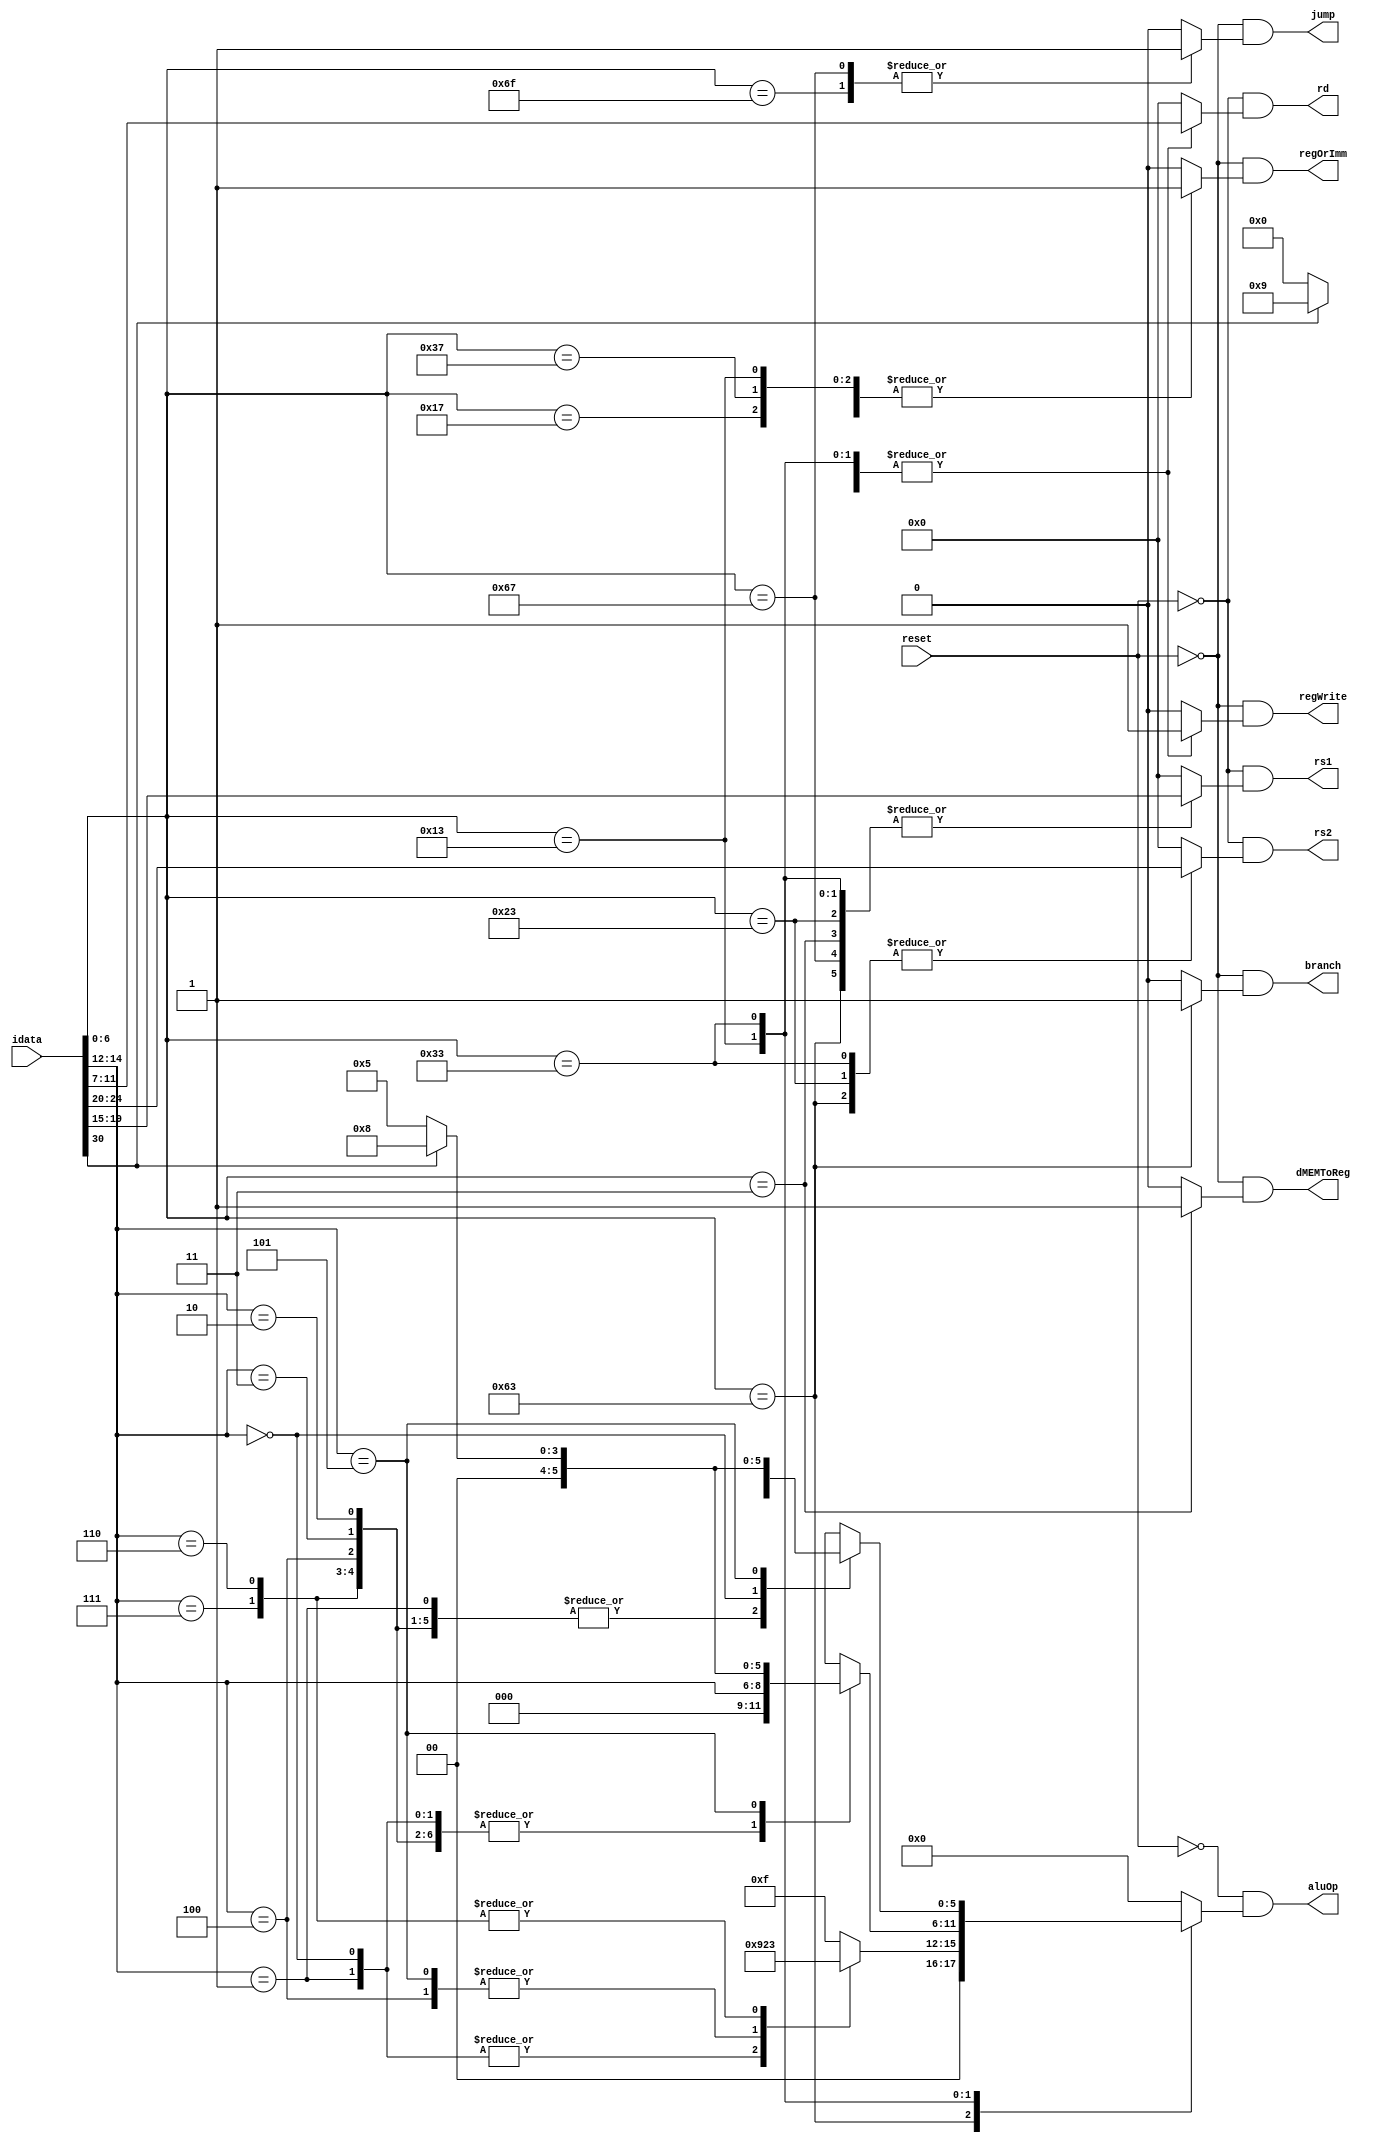
//**************************************************************
// Assignment 5, 6
// Description: CPU Control Module
//              - Generates the control signals required
//                by the ALU and REG-FILE
//**************************************************************

module control ( input [31:0] idata,    // instruction
                 input reset,           // reset
                 output branch,         // branch type instruction
                 output jump,           // jump type instruction
                 output dMEMToReg,      // read from dMEM into Regfile
                 output [5:0] aluOp,    // ALU function lines
                 output [4:0] rs1,      // regfile rs1 address
                 output [4:0] rs2,      // regfile rs2 address
                 output [4:0] rd,       // regfile write address
                 output regOrImm,       // read from regfile or ALU
                 output regWrite        // regfile write signal
               );

    reg dMEMToReg_r, regOrImm_r, regWrite_r, branch_r, jump_r;
    reg [5:0] aluOp_r;
    reg [4:0] rs1_r, rs2_r, rd_r;

    // localparam statements for opcodes
    localparam LUI = 7'b0110111;
    localparam AUIPC = 7'b0010111;
    localparam JAL = 7'b1101111;
    localparam JALR = 7'b1100111;
    localparam BXX = 7'b1100011;
    localparam LXX = 7'b0000011;
    localparam SXX = 7'b0100011;
    localparam IXX = 7'b0010011;
    localparam RXX = 7'b0110011;

    always @(idata) begin
        case(idata[6:0])
            // Use ALU to calculate the value to store to regfile rd
            // LUI: rd <-- immediate << 12
            // AUIPC: rd <-- pc + (immediate << 12)
            LUI,
            AUIPC: begin
                branch_r = 1'b0;
                jump_r = 1'b0;
                dMEMToReg_r = 1'b0;
                aluOp_r = 6'd0;
                rs1_r = 5'd0;
                rs2_r = 5'd0;
                rd_r = idata[11:7];
                regOrImm_r = 1'b1;
                regWrite_r = 1'b1;
            end
            JAL: begin
                branch_r = 1'b0;
                jump_r = 1'b1;
                dMEMToReg_r = 1'b0;
                aluOp_r = 6'd0;
                rs1_r = 5'd0;
                rs2_r = 5'd0;
                rd_r = idata[11:7];
                regOrImm_r = 1'b0;
                regWrite_r = 1'b1;
            end
            JALR: begin
                branch_r = 1'b0;
                jump_r = 1'b1;
                dMEMToReg_r = 1'b0;
                aluOp_r = 6'd0;
                rs1_r = idata[19:15];
                rs2_r = 5'd0;
                rd_r = idata[11:7];
                regOrImm_r = 1'b0;
                regWrite_r = 1'b1;
            end
            BXX: begin
                branch_r = 1'b1;
                jump_r = 1'b0;
                dMEMToReg_r = 1'b0;
                case(idata[14:12])
                    3'd0:   // BEQ
                        aluOp_r = 6'd9;
                    3'd1:   // BNE
                        aluOp_r = 6'd9;
                    3'd4:   // BLT
                        aluOp_r = 6'd2;
                    3'd5:   // BGE
                        aluOp_r = 6'd2;
                    3'd6:   // BLTU
                        aluOp_r = 6'd3;
                    3'd7:   // BGEU
                        aluOp_r = 6'd3;
                    default:
                        aluOp_r = 6'd15;
                endcase
                rs1_r = idata[19:15];
                rs2_r = idata[24:20];
                rd_r = 5'd0;
                regOrImm_r = 1'b0;
                regWrite_r = 1'b0;
            end
            LXX: begin
                branch_r = 1'b0;
                jump_r = 1'b0;
                dMEMToReg_r = 1'b1;
                aluOp_r = 6'd0;
                rs1_r = idata[19:15];
                rs2_r = 5'd0;
                rd_r = idata[11:7];
                regOrImm_r = 1'b1;
                regWrite_r = 1'b1;
            end
            SXX: begin
                branch_r = 1'b0;
                jump_r = 1'b0;
                dMEMToReg_r = 1'b0;
                aluOp_r = 6'd0;
                rs1_r = idata[19:15];
                rs2_r = idata[24:20];
                rd_r = 5'd0;
                regOrImm_r = 1'b1;
                regWrite_r = 1'b0;
            end
            IXX: begin
                branch_r = 1'b0;
                jump_r = 1'b0;
                dMEMToReg_r = 1'b0;
                case (idata[14:12])
                    3'd0,   // ADDI
                    3'd2,   // SLTI
                    3'd3,   // SLTU
                    3'd4,   // XORI
                    3'd6,   // ORI
                    3'd7:   // ANDI
                        aluOp_r = {3'd0, idata[14:12]};
                    3'd1:   // SLLI
                        aluOp_r = {3'd0, idata[14:12]};
                    3'd5:   // SRLI or SRAI
                        aluOp_r = (idata[30]) ? 6'd8:6'd5;
                    default:
                        aluOp_r = {3'd0, idata[14:12]};
                endcase
                rs1_r = idata[19:15];
                rs2_r = 5'd0;
                rd_r = idata[11:7];
                regOrImm_r = 1'b1;
                regWrite_r = 1'b1;
            end
            RXX: begin
                branch_r = 1'b0;
                jump_r = 1'b0;
                dMEMToReg_r = 1'b0;
                case(idata[14:12])
                    3'd1,   // SLL
                    3'd2,   // SLT
                    3'd3,   // SLTU
                    3'd4,   // XOR
                    3'd6,   // OR
                    3'd7:   // AND
                        aluOp_r = {3'd0, idata[14:12]};
                    3'd0:   // ADD or SUB
                        aluOp_r = (idata[30]) ? 6'd9:6'd0;
                    3'd5:   // SRL or SRA
                        aluOp_r = (idata[30]) ? 6'd8:6'd5;
                    default:
                        aluOp_r = {3'd0, idata[14:12]};
                endcase
                rs1_r = idata[19:15];
                rs2_r = idata[24:20];
                rd_r = idata[11:7];
                regOrImm_r = 1'b0;
                regWrite_r = 1'b1;
            end
            default: begin // set everything to 0
                branch_r = 1'b0;
                jump_r = 1'b0;
                dMEMToReg_r = 1'b0;
                aluOp_r = 6'd0;
                rs1_r = 5'd0;
                rs2_r = 5'd0;
                rd_r = 5'd0;
                regOrImm_r = 1'b0;
                regWrite_r = 1'b0;
            end
        endcase
    end

    // assigning outputs
    assign branch = ~reset & branch_r;
    assign jump = ~reset & jump_r;
    assign dMEMToReg = ~reset & dMEMToReg_r;
    assign aluOp = ~reset & aluOp_r;
    assign rs1 = ~reset & rs1_r;
    assign rs2 = ~reset & rs2_r;
    assign rd = ~reset & rd_r;
    assign regOrImm = ~reset & regOrImm_r;
    assign regWrite = ~reset & regWrite_r;
endmodule